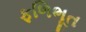
ફળિભૂત